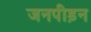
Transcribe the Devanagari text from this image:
जनपीड़न